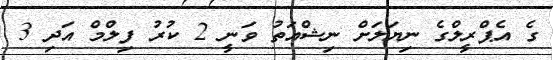
ގެ އެޕްރީލްގެ ނިޔަލަށް ނިޝްއަތު ވަނީ 2 ކުރު ފިލްމް އަދި 3